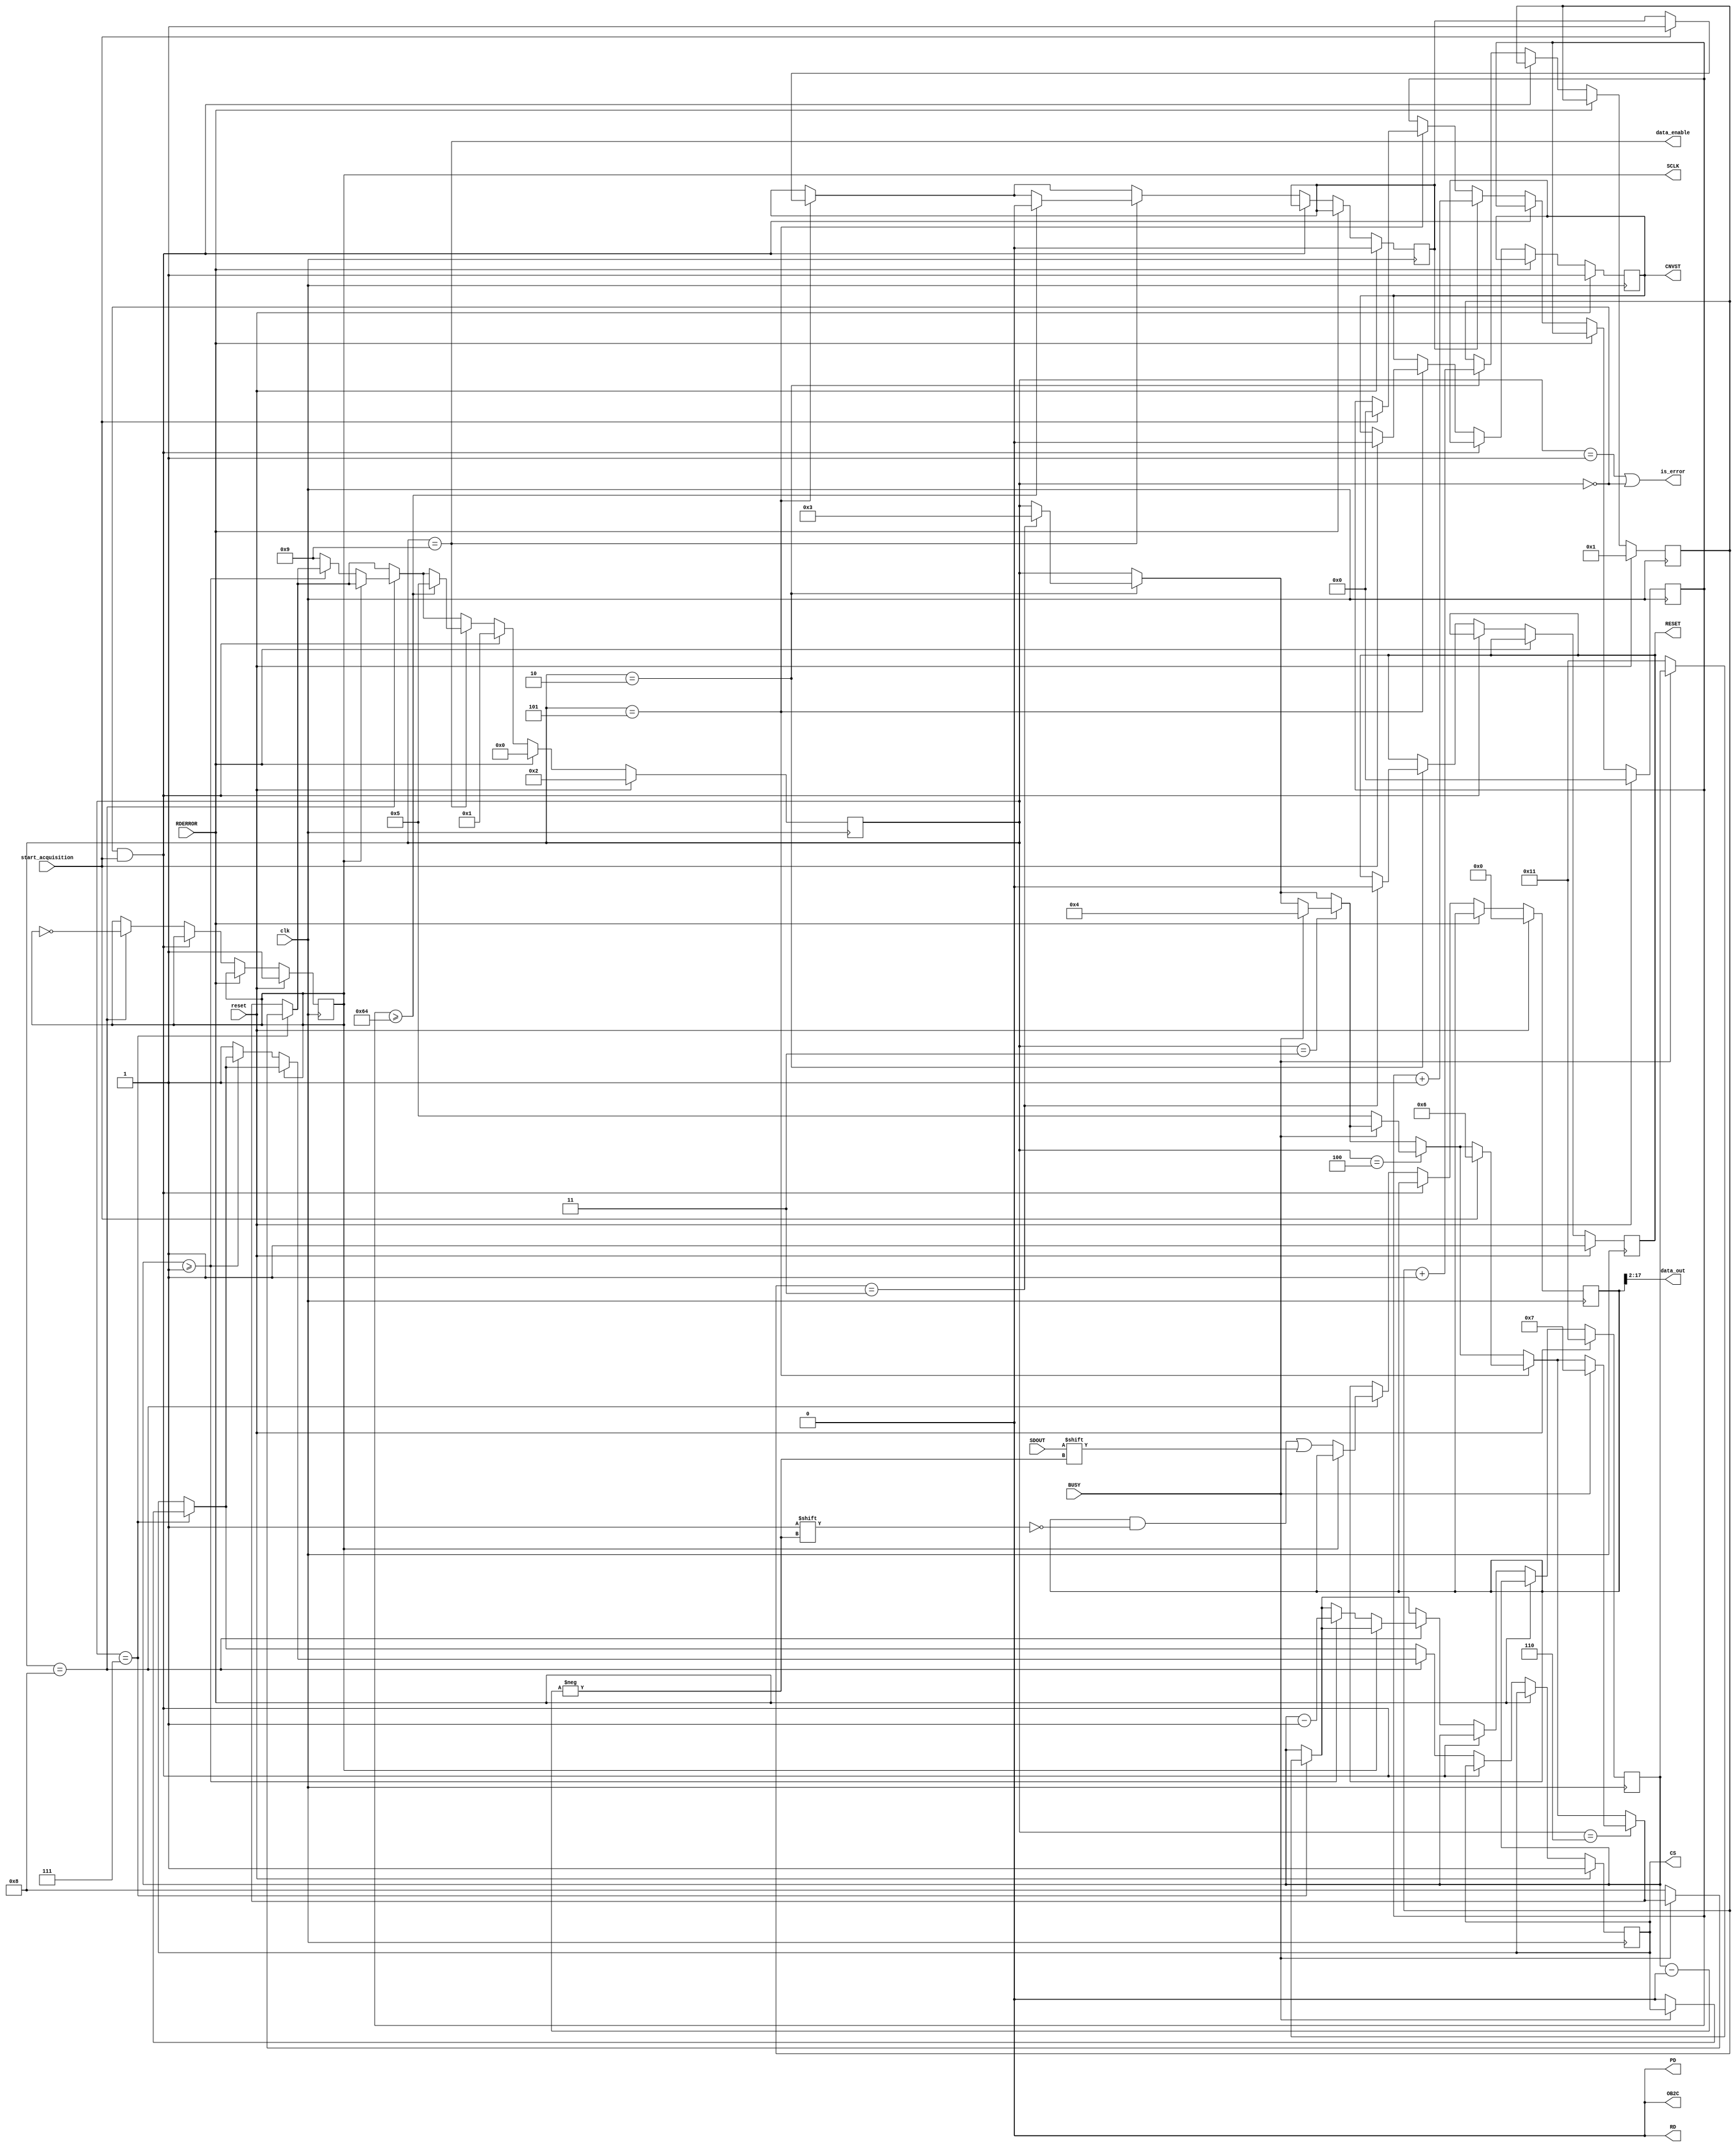
module AdcController(
           clk, reset, start_acquisition, data_enable, is_error, data_out,
           SCLK, CNVST, RD, CS, RESET, OB2C, PD, SDOUT, RDERROR, BUSY,
       );
// Suppose system clock is 125MHz, which is 8.06451612903..ns/cycle.
// TODO: Change this value according to the frequency of the occilator used.
//
// t2 (Sampling rate) >= 800ns
localparam T2 = 100;
// t9 (Reset duration) >= 15ns
localparam T9 = 3;

// mode enum
localparam MODE_ERROR_RDERROR = 0;
localparam MODE_ERROR_NOT_READY = 1;
localparam MODE_RESETTING = 2;
localparam MODE_RESET_WAIT_BUSY_UP = 3;
localparam MODE_RESET_WAIT_BUSY_DOWN = 4;
localparam MODE_READY = 5;
localparam MODE_CONV_WAIT_BUSY_UP = 6;
localparam MODE_CONV_WAIT_BUSY_DOWN = 7;
localparam MODE_ACQUISITION = 8;
localparam MODE_AFTER_ACQUISITION = 9;

input clk, reset, start_acquisition;
input RDERROR, BUSY, SDOUT;

output data_enable, is_error;
output [15:0] data_out;
reg [17:0] data;

output reg SCLK, CNVST, CS, RESET;
output RD, OB2C, PD;

reg [31:0] counter;
reg counter_on;
reg [31:0] reset_counter;
reg [4:0] data_index;
reg [3:0] mode;

always @(posedge clk) begin
    if (reset) begin
        data <= 0;
        SCLK <= 1; // should be high when neutral
        CNVST <= 1;
        CS <= 1;
        counter <= 0;
        counter_on <= 0;
        data_index <= 17;

        RESET <= 1;
        mode <= MODE_RESETTING;
        reset_counter <= 1;
    end else if (RDERROR) begin
        mode <= MODE_ERROR_RDERROR;
    end else if (mode == !MODE_READY && start_acquisition) begin
        mode <= MODE_ERROR_NOT_READY;
    end else begin
        // Reset process
        if (mode == MODE_RESETTING) begin
            reset_counter <= reset_counter + 1;

            if (reset_counter == T9) begin
                RESET <= 0;
                mode <= MODE_RESET_WAIT_BUSY_UP;
            end
        end

        if (mode == MODE_RESET_WAIT_BUSY_UP) begin
            if (BUSY) begin
                mode <= MODE_RESET_WAIT_BUSY_DOWN;
            end
        end

        if (mode == MODE_RESET_WAIT_BUSY_DOWN) begin
            if (!BUSY) begin
                mode <= MODE_READY;
            end
        end

        // Conoversion process
        if (mode == MODE_READY) begin
            if (start_acquisition) begin
                CNVST <= 0;
                counter <= 0;
                counter_on <= 1;
                mode <= MODE_CONV_WAIT_BUSY_UP;
            end
        end

        if (mode == MODE_CONV_WAIT_BUSY_UP) begin
            if (BUSY) begin
                mode <= MODE_CONV_WAIT_BUSY_DOWN;
            end
        end

        if (mode == MODE_CONV_WAIT_BUSY_DOWN) begin
            if (!BUSY) begin
                mode <= MODE_ACQUISITION;
                CS <= 0; // Duration between CS negedge and SCLK negedge (data update) >= 5ns
                data_index <= 17; // MSB index
            end
        end

        // Acquisition process
        if (mode == MODE_ACQUISITION) begin
            // TODO: Change this procesure when clk frequency changes
            // 67MHz <= CLK <= 100MHz
            SCLK <= !SCLK; // 125/2 = 62.5MHz

            // Output is valid on posedge
            if (SCLK == 0) begin
                data[data_index] <= SDOUT;

                if (data_index >= 1) begin
                    data_index <= data_index - 1;
                end else begin
                    mode <= MODE_AFTER_ACQUISITION;
                    CS <= 1;
                end
            end
        end

        if (mode == MODE_AFTER_ACQUISITION) begin
            if (counter >= T2) begin
                mode <= MODE_READY;
                counter_on <= 0;
            end
        end

        if (counter_on) begin
            counter <= counter + 1;
        end
    end
end

assign data_out = data[17:2];
assign data_enable = (mode == MODE_AFTER_ACQUISITION);
assign is_error = (mode == MODE_ERROR_NOT_READY || mode == MODE_ERROR_RDERROR);

// ADC configuration
assign RD = 0;
assign OB2C = 0; // 2's complement
assign PD = 0;
endmodule